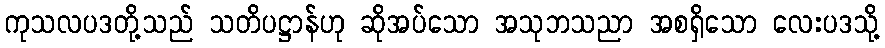
ကုသလပဒတို့သည် သတိပဋ္ဌာန်ဟု ဆိုအပ်သော အသုဘသညာ အစရှိသော လေးပဒသို့